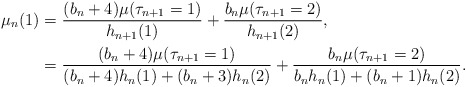
\begin{align*}\mu_n(1)&=\frac{(b_n+4)\mu(\tau_{n+1}=1)}{h_{n+1}(1)} + \frac{b_n\mu(\tau_{n+1}=2)}{h_{n+1}(2)}, \\&=\frac{(b_n+4)\mu(\tau_{n+1}=1)}{(b_{n}+4)h_n(1)+(b_n+3)h_n(2)}+ \frac{b_n\mu(\tau_{n+1}=2)}{b_{n}h_n(1)+(b_n+1)h_n(2)}.\end{align*}